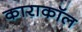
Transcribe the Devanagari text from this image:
काराकॉल